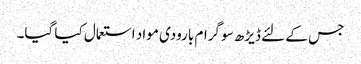
جس کے لئے ڈیڑھ سو گرام بارودی مواد استعمال کیا گیا۔